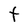
Character: T